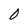
Character: 0